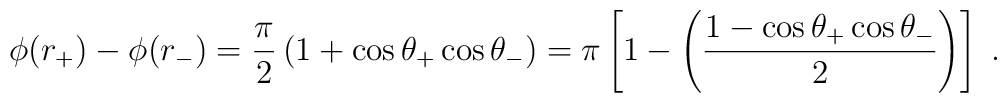
\phi(r_+) - \phi(r_-)= \frac{\pi}{2}\left( 1 + \cos\theta_+ \cos\theta_- \right)= \pi\left[ 1          - \left( \frac{1 - \cos\theta_+ \cos\theta_-}{ 2 }             \right)     \right]\;.